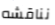
نناقشه